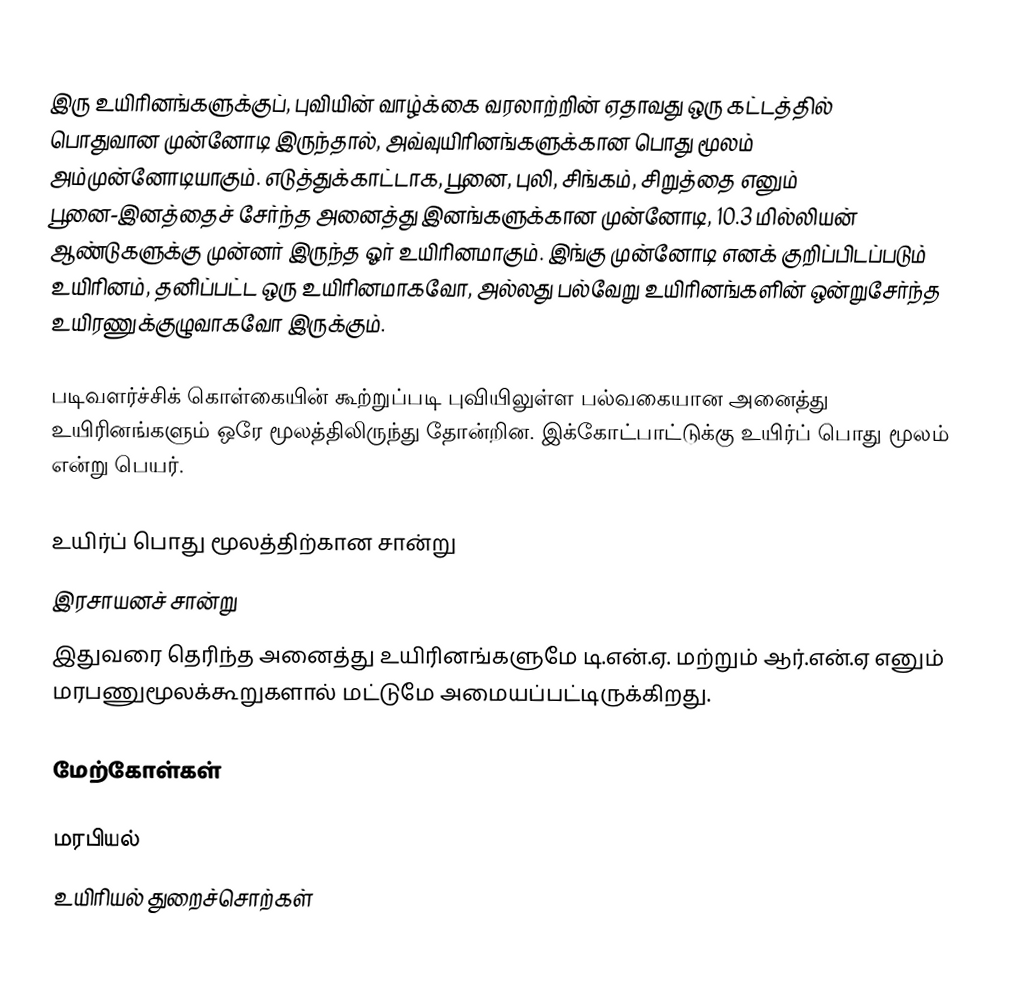
இரு உயிரினங்களுக்குப், புவியின் வாழ்க்கை  வரலாற்றின் ஏதாவது ஒரு கட்டத்தில் பொதுவான முன்னோடி இருந்தால், அவ்வுயிரினங்களுக்கான பொது மூலம் அம்முன்னோடியாகும்.  எடுத்துக்காட்டாக, பூனை, புலி, சிங்கம், சிறுத்தை எனும் பூனை-இனத்தைச் சேர்ந்த  அனைத்து இனங்களுக்கான முன்னோடி, 10.3 மில்லியன் ஆண்டுகளுக்கு முன்னர் இருந்த ஓர் உயிரினமாகும். இங்கு முன்னோடி எனக் குறிப்பிடப்படும் உயிரினம்,  தனிப்பட்ட ஒரு உயிரினமாகவோ, அல்லது பல்வேறு உயிரினங்களின் ஒன்றுசேர்ந்த உயிரணுக்குழுவாகவோ இருக்கும்.

படிவளர்ச்சிக் கொள்கையின் கூற்றுப்படி புவியிலுள்ள பல்வகையான அனைத்து உயிரினங்களும் ஒரே மூலத்திலிருந்து தோன்றின. இக்கோட்பாட்டுக்கு உயிர்ப் பொது மூலம் என்று பெயர்.

உயிர்ப் பொது மூலத்திற்கான சான்று
 இரசாயனச் சான்று
இதுவரை தெரிந்த அனைத்து உயிரினங்களுமே டி.என்.ஏ. மற்றும் ஆர்.என்.ஏ எனும் மரபணுமூலக்கூறுகளால் மட்டுமே அமையப்பட்டிருக்கிறது.

மேற்கோள்கள்

மரபியல்
உயிரியல் துறைச்சொற்கள்